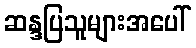
ဆန္ဒပြသူများအပေါ်